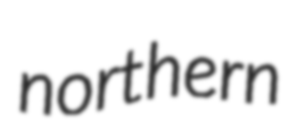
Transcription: northern